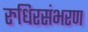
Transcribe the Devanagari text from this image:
रुधिरसंभरण